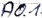
Text: A0.1